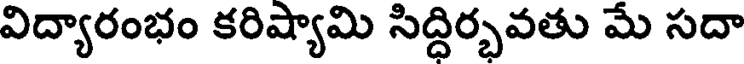
విద్యారంభం కరిష్యామి సిద్ధిర్భవతు మే సదా